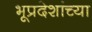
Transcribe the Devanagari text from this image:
भूप्रदेशांच्या